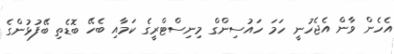
އެހެން ވާން އެޖެހުނީ ހަމަ ހައުސިންގް މިނިސްޓްރީގެ ކަމާއި ބެހޭ ބޮޑެތި ބޭފުޅުންގެ